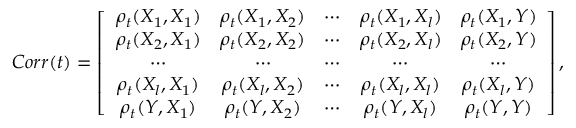
C o r r ( t ) = \left[ \begin{array} { c c c c c } { \rho _ { t } ( X _ { 1 } , X _ { 1 } ) } & { \rho _ { t } ( X _ { 1 } , X _ { 2 } ) } & { \cdots } & { \rho _ { t } ( X _ { 1 } , X _ { l } ) } & { \rho _ { t } ( X _ { 1 } , Y ) } \\ { \rho _ { t } ( X _ { 2 } , X _ { 1 } ) } & { \rho _ { t } ( X _ { 2 } , X _ { 2 } ) } & { \cdots } & { \rho _ { t } ( X _ { 2 } , X _ { l } ) } & { \rho _ { t } ( X _ { 2 } , Y ) } \\ { \cdots } & { \cdots } & { \cdots } & { \cdots } & { \cdots } \\ { \rho _ { t } ( X _ { l } , X _ { 1 } ) } & { \rho _ { t } ( X _ { l } , X _ { 2 } ) } & { \cdots } & { \rho _ { t } ( X _ { l } , X _ { l } ) } & { \rho _ { t } ( X _ { l } , Y ) } \\ { \rho _ { t } ( Y , X _ { 1 } ) } & { \rho _ { t } ( Y , X _ { 2 } ) } & { \cdots } & { \rho _ { t } ( Y , X _ { l } ) } & { \rho _ { t } ( Y , Y ) } \end{array} \right] ,